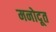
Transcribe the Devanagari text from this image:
मनोदूत